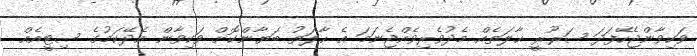
ވަކިވާންޖެހޭފަދަ ޟަރޫރީ ޙާލަތެއް މެދުވެރިވެއްޖެނަމަ އެ ޙާލަތު ބަޔާންކޮށް ވަކިވާން އެދޭކަމުގެ ސިޓީއެއް